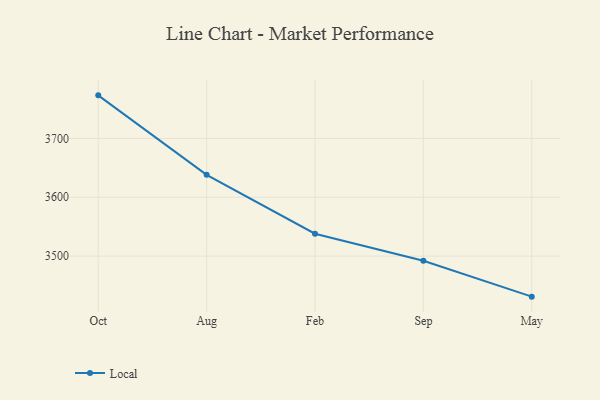
{"axis": {"x": "Month", "y": "Backlog"}, "legend": ["Local"], "data": [{"x": "Oct", "y": 3773.2, "type": "Local"}, {"x": "Aug", "y": 3638.1, "type": "Local"}, {"x": "Feb", "y": 3538.1, "type": "Local"}, {"x": "Sep", "y": 3492.2, "type": "Local"}, {"x": "May", "y": 3431.2, "type": "Local"}]}